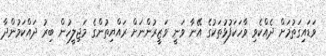
ވަޑައިގަތުމަށް ދެއްކެވި ވާހަކަފުޅުތަކުގެ އޭނާ ވަނީ ވަޒީރުންނަށް ރައްޔިތުންގެ މަޖިލީހުން ބިރު ދައްކަމުންދާ